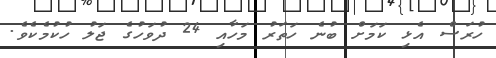
ހުރަސް އެޅި ކަމަށް ބުނެ ހަތަރު މަހާއި 24 ދުވަހުގެ ޖަލު ހުކުމެކެވެ.